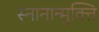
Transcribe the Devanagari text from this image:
स्नानान्मुक्ति